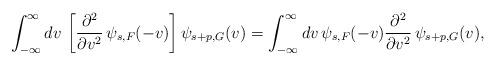
LaTeX: \begin{align*}\int_{-\infty}^\infty dv\thinspace\left[{\partial^2\over \partial v^2}\thinspace\psi_{s,F}(-v)\right]\psi_{s+p,G}(v)=\int_{-\infty}^\infty dv\thinspace\psi_{s,F}(-v){\partial^2\over \partial v^2}\thinspace\psi_{s+p,G}(v),\end{align*}